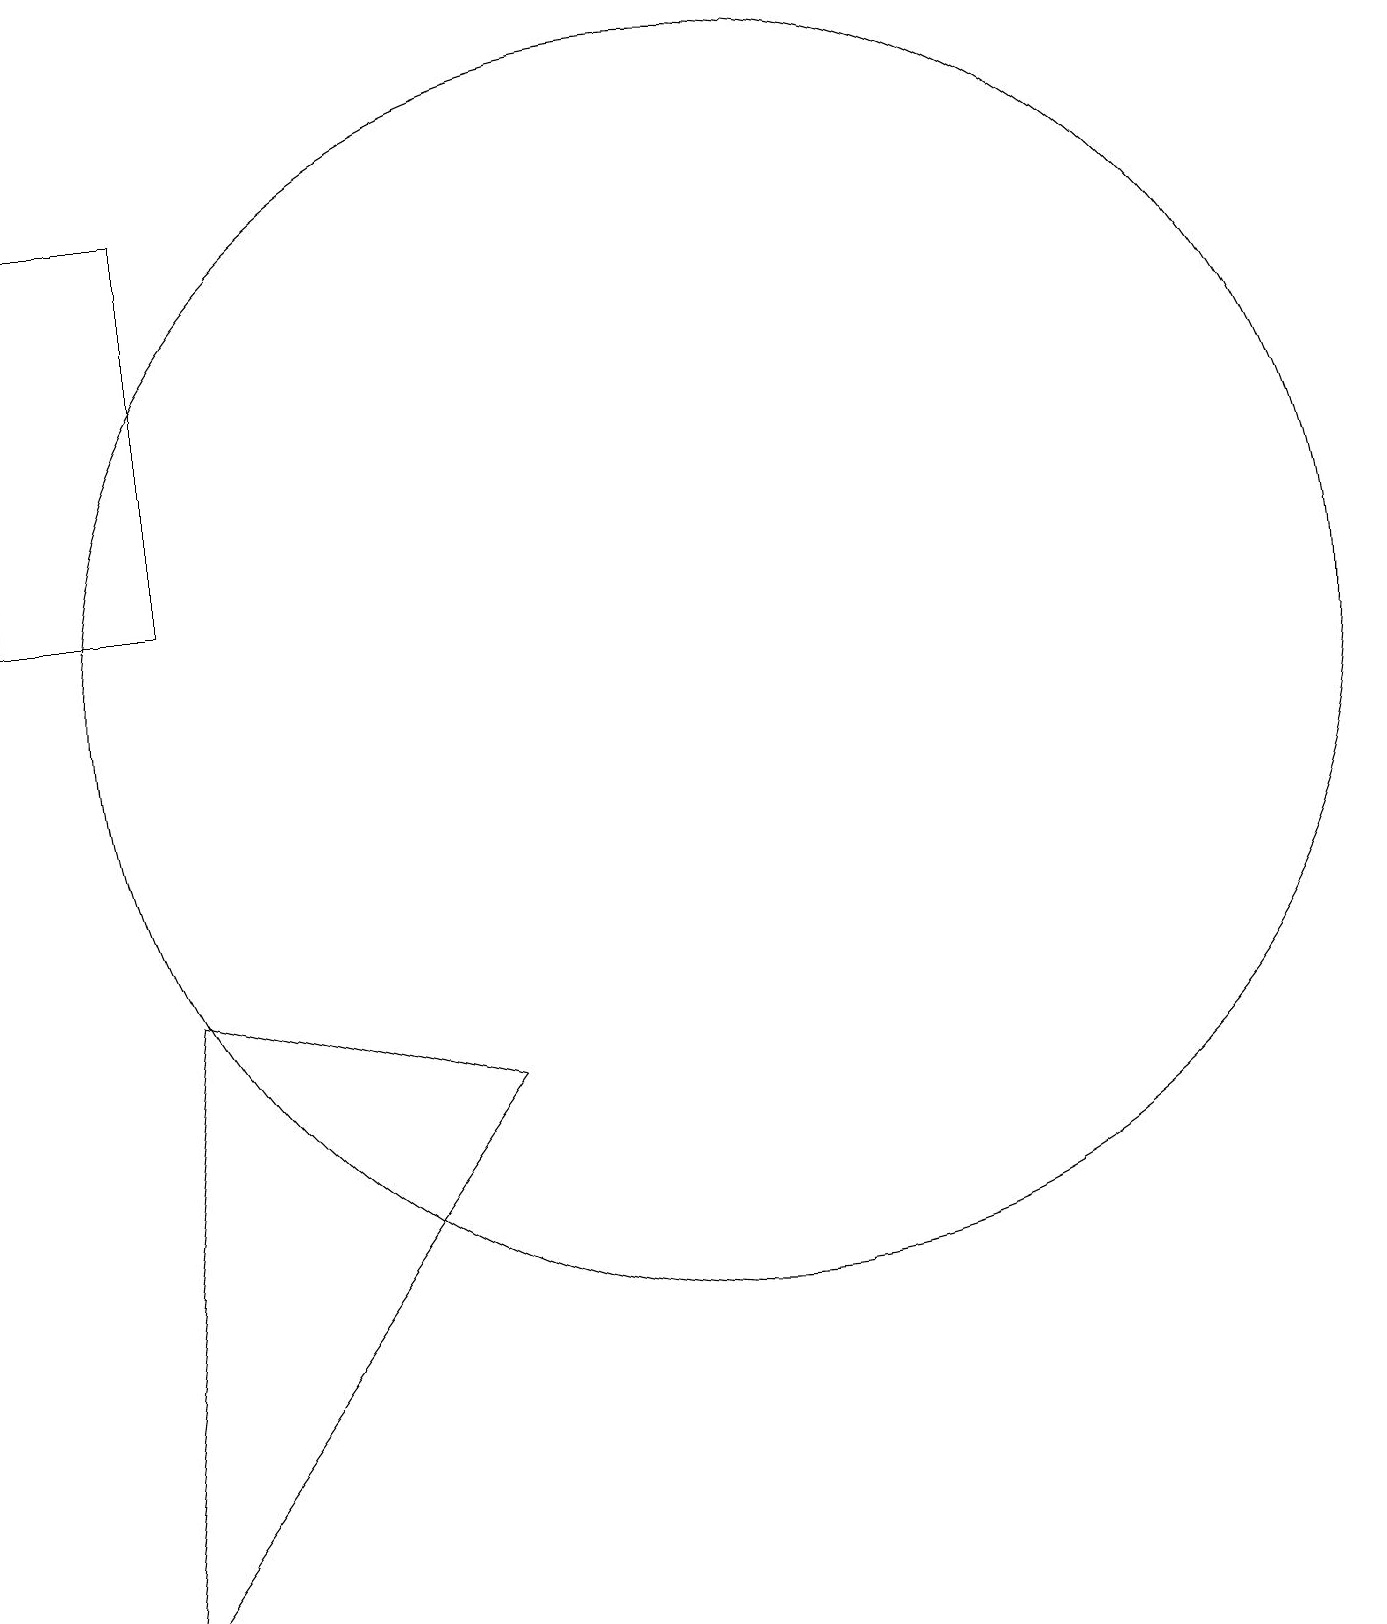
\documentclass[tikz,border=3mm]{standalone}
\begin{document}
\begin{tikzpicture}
\draw (4,8) -- (8,7) -- (3,0) -- cycle;
\draw (11,12) circle (8);
\draw (4,18) rectangle (2,13);
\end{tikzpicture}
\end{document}